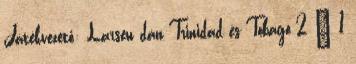
Játékvezető: Larsen dán Trinidad és Tobago 2 – 1